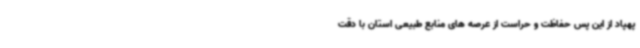
پهپاد از این پس حفاظت و حراست از عرصه های منابع طبیعی استان با دقت